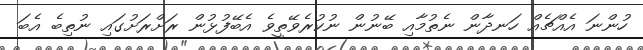
ހުންނަ އެއްޗެއް ހަނދާން ނެތުމާއި ބޭނުން ނުކުރެވޭތީވެ އެބޭފުޅުން ރަށްރަށުގައި ނުތިބެ އެބަ